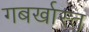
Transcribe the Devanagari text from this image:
गबर्खास्‍त